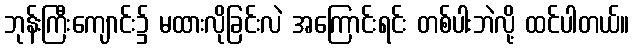
ဘုန်းကြီးကျောင်း၌ မထားလိုခြင်းလဲ အကြောင်းရင်း တစ်ပါးဘဲလို့ ထင်ပါတယ်။